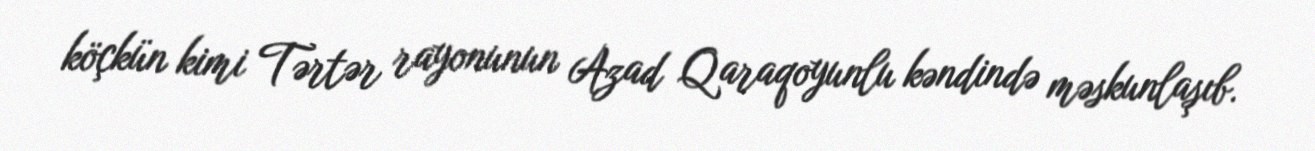
köçkün kimi Tərtər rayonunun Azad Qaraqoyunlu kəndində məskunlaşıb.